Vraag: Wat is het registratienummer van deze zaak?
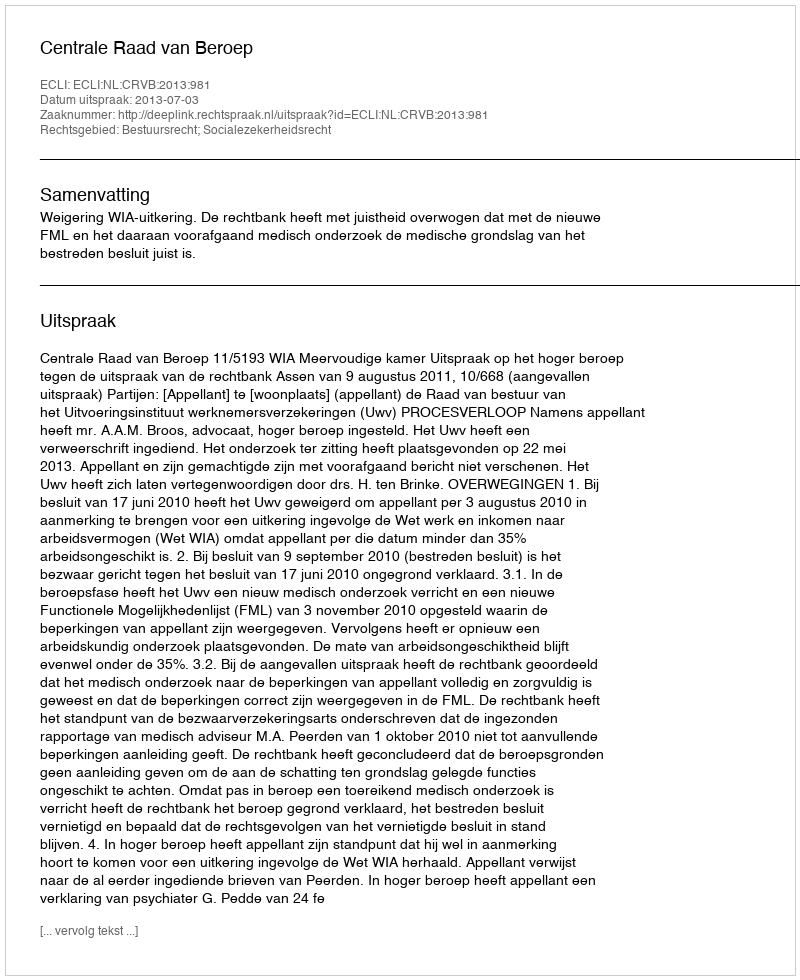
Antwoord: http://deeplink.rechtspraak.nl/uitspraak?id=ECLI:NL:CRVB:2013:981